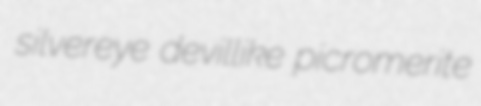
silvereye devillike picromerite